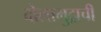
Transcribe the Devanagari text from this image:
दोलामुद्राची